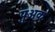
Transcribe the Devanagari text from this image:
पुअक